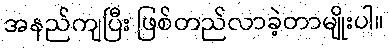
အနည်ကျပြီး ဖြစ်တည်လာခဲ့တာမျိုးပါ။